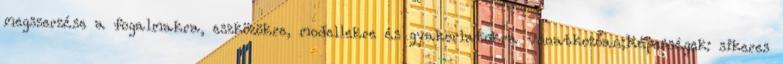
megszerzése a fogalmakra, eszközökre, modellekre és gyakorlatokra vonatkozóan;Képességek: sikeres